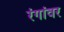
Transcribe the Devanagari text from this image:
रंगांवर